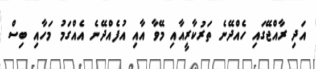
އަދި ރާއްޖޭގައި ހެއްދޭނެ ތަރުކާރީއާއި މޭވާ އާއި އުފެއްދޭނެ އެއްގަމު މަހާއި ބިސް